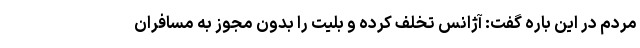
مردم در این باره گفت: آژانس تخلف کرده و بلیت را بدون مجوز به مسافران